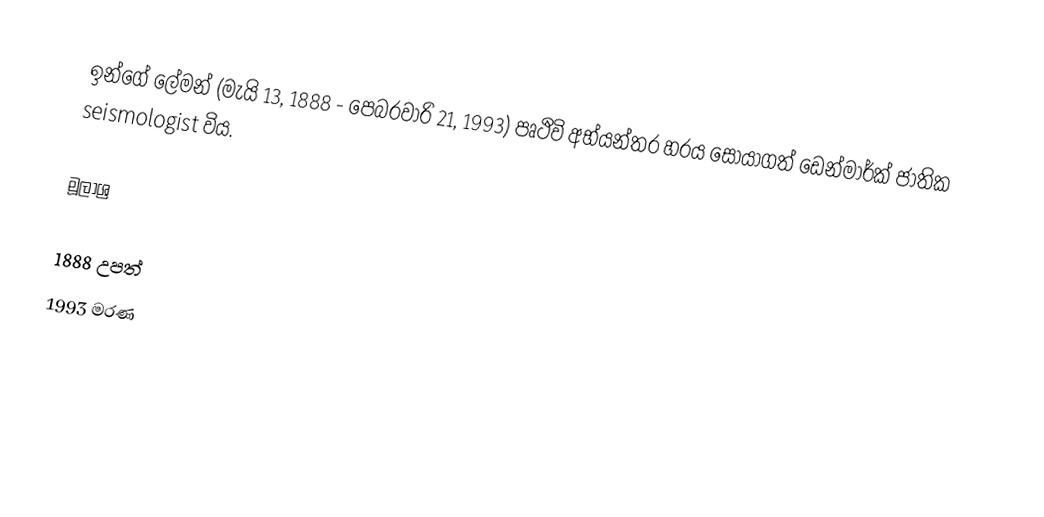
ඉන්ගේ ලේමන් (මැයි 13, 1888 - පෙබරවාරි 21, 1993) පෘථිවි අභ්යන්තර හරය සොයාගත් ඩෙන්මාර්ක් ජාතික seismologist විය.

මූලාශ්‍ර

1888 උපත්
1993 මරණ